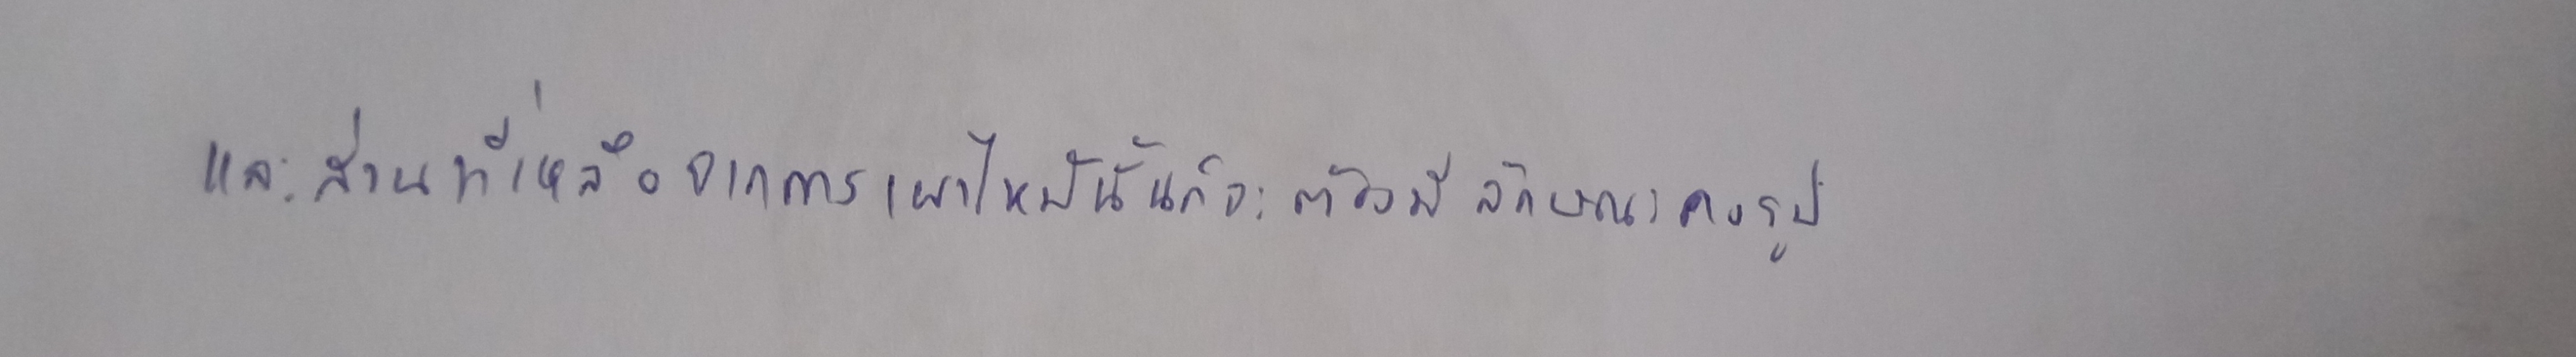
และส่วนที่เหลือจากการเผาไหม้นั้นก็จะต้องมีลักษณะคงรูป